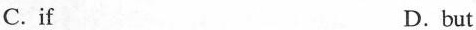
C.if D.but